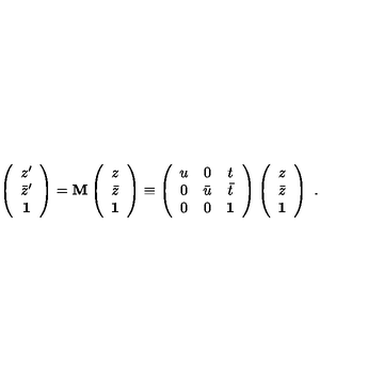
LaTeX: \left( \begin{array} { c } { z ^ { \prime } } \\ { \bar { z } ^ { \prime } } \\ { \bf 1 } \\ \end{array} \right) = { \bf M } \left( \begin{array} { c } { z } \\ { \bar { z } } \\ { \bf 1 } \\ \end{array} \right) \equiv \left( \begin{array} { c c c } { u } & { 0 } & { t } \\ { 0 } & { \bar { u } } & { \bar { t } } \\ { 0 } & { 0 } & { { \bf 1 } } \\ \end{array} \right) \left( \begin{array} { c } { z } \\ { \bar { z } } \\ { \bf 1 } \\ \end{array} \right) \ .